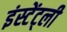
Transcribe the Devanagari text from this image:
इंस्टेंट्ली